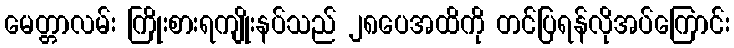
မေတ္တာလမ်း ကြိုးစားရကျိုးနပ်သည် ၂၈ပေအထိကို တင်ပြရန်လိုအပ်ကြောင်း